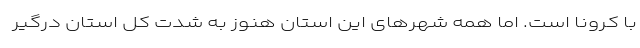
با کرونا است. اما همه شهرهای این استان هنوز به شدت کل استان درگیر